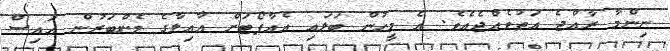
ނިންމާ ރާއްޖެ އަތުވެއްޖެއެވެ. އެ މީހުން ބަލައި އެއާޕޯޓަށް ޢާއިލާގެ މެންބަރުން އައިސް